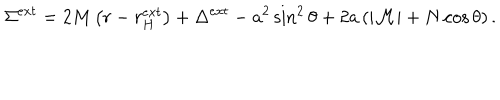
\Sigma ^ { e x t } = 2 M \left( r - r _ { H } ^ { e x t } \right) + \Delta ^ { e x t } - a ^ { 2 } \sin ^ { 2 } \theta + 2 a \left( | { \cal M } | + N \cos \theta \right) .